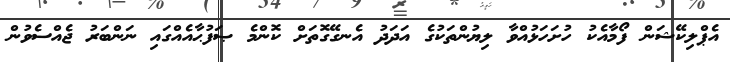
އެޕްލިކޭޝަން ފޯމާއެކު ހުށަހަޅުއްވާ ލިޔުންތަކުގެ އަދަދު އެނގޭގޮތަށް ކޮންމެ ޞަފުޙާއެއްގައި ނަންބަރު ޖެއްސެވުން